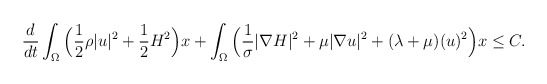
\begin{align*}&\frac{d}{dt}\int_{\Omega} \Big(\frac{1}{2}\rho |u|^2+\frac{1}{2}H^2\Big) x+\int_{\Omega} \Big(\frac{1}{\sigma}|\nabla H|^2+\mu |\nabla u|^2+(\lambda+\mu)(u)^2\Big)x\leq C.\end{align*}